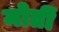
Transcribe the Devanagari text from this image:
मोतीं